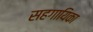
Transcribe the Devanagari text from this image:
सहगायिका